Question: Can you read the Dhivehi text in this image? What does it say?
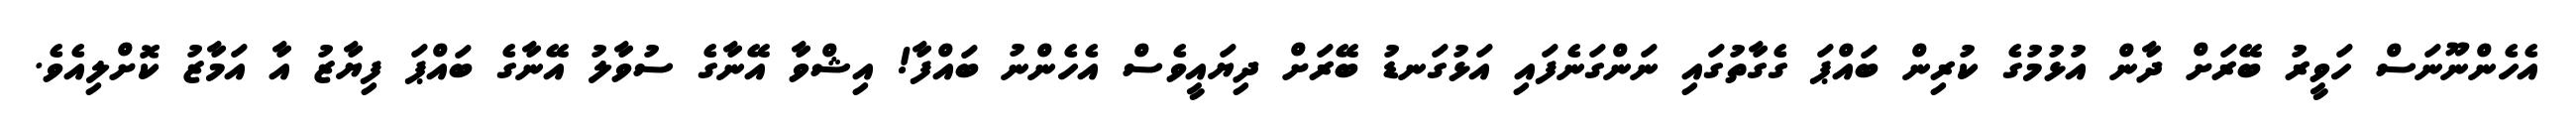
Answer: އެހެންނޫނަސް ހަވީރު ބޭރަށް ދާން އުޅުމުގެ ކުރިން ބައްޕަ ގެގާތުގައި ނަންގަނެފައި އަޅުގަނޑު ބޭރަށް ދިޔައީވެސް އެހެންނު ބައްފާ! އިޝްވާ އޭނާގެ ސުވާލު އޭނާގެ ބައްޕަ ފިޔާޒު އާ އަމާޒު ކޮށްލިއެވެ.